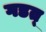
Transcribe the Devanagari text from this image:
गडत्